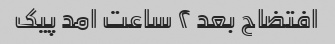
افتضاح بعد ۲ ساعت امد پیک